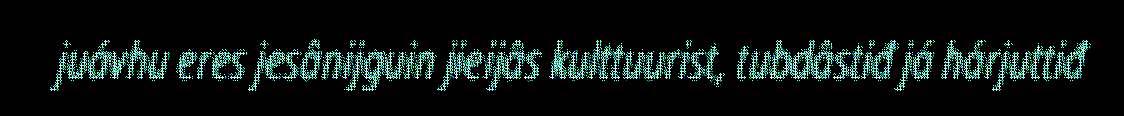
juávhu eres jesânijguin jieijâs kulttuurist, tubdâstiđ já hárjuttiđ